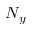
N _ { y }